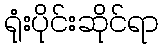
ရုံးပိုင်းဆိုင်ရာ